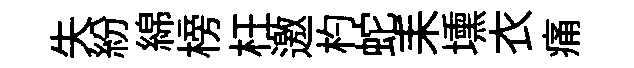
失紛綿榜枉邀杓蛇耒壎衣痛